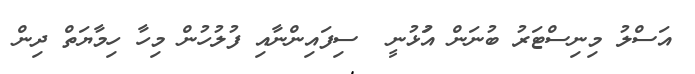
އަސްލު މިނިސްޓަރު ބުނަން އުަޅުނީ  ސިފައިންނާއި ފުލުހުން މިހާ ހިމާޔަތް ދިން